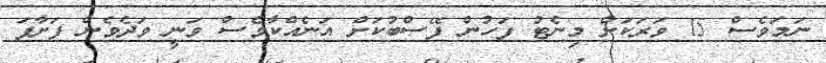
ނަމަވެސް 15 ވަރަކަށް މިނެޓު ފަހުން ފޭސްބުކަށް އަނެއްކާވެސް ވަނީ ވަދެވެން ފަށާފަ